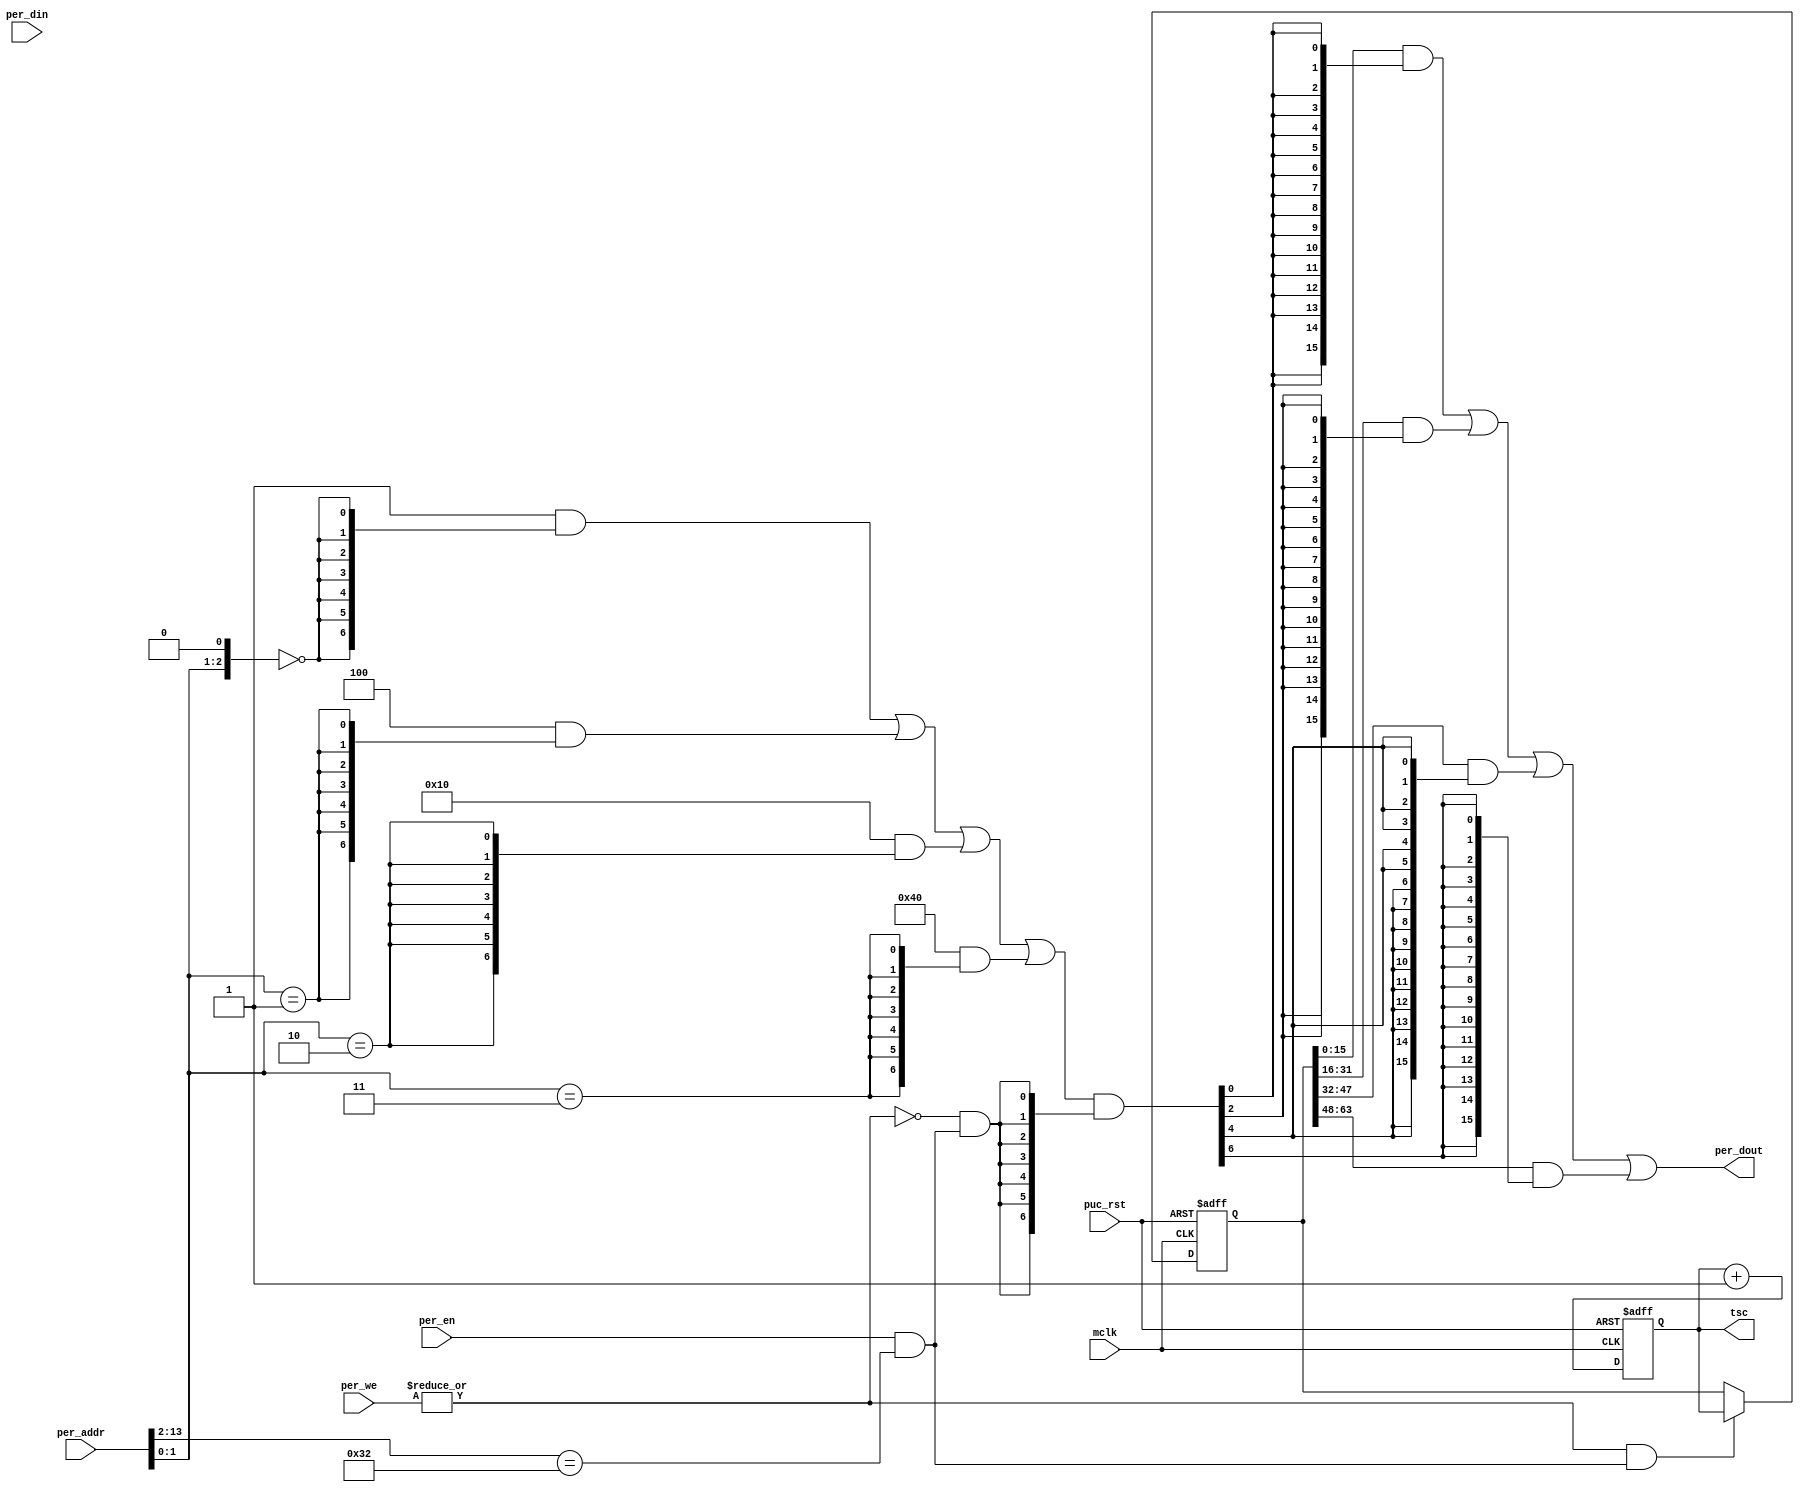
module  omsp_tsc (

// OUTPUTs
    per_dout,                       // Peripheral data output
    tsc,                            // tsc copy to make it available externally

// INPUTs
    mclk,                           // Main system clock
    per_addr,                       // Peripheral address
    per_din,                        // Peripheral data input
    per_en,                         // Peripheral enable (high active)
    per_we,                         // Peripheral write enable (high active)
    puc_rst                         // Main system reset
);

// OUTPUTs
//=========
output       [15:0] per_dout;       // Peripheral data output
output       [63:0] tsc;            // tsc copy to make it available externally

// INPUTs
//=========
input               mclk;           // Main system clock
input        [13:0] per_addr;       // Peripheral address
input        [15:0] per_din;        // Peripheral data input
input               per_en;         // Peripheral enable (high active)
input         [1:0] per_we;         // Peripheral write enable (high active)
input               puc_rst;        // Main system reset


//=============================================================================
// 1)  PARAMETER DECLARATION
//=============================================================================

// Register base address (must be aligned to decoder bit width)
parameter       [14:0] BASE_ADDR   = 15'h0190;

// Decoder bit width (defines how many bits are considered for address decoding)
parameter              DEC_WD      =  3;

// Register addresses offset
parameter [DEC_WD-1:0] TSC1      = 'h0,
                       TSC2      = 'h2,
                       TSC3      = 'h4,
                       TSC4      = 'h6;

// Register one-hot decoder utilities
parameter              DEC_SZ      =  (1 << DEC_WD);
parameter [DEC_SZ-1:0] BASE_REG    =  {{DEC_SZ-1{1'b0}}, 1'b1};

// Register one-hot decoder
parameter [DEC_SZ-1:0] TSC1_D    = (BASE_REG << TSC1),
                       TSC2_D    = (BASE_REG << TSC2),
                       TSC3_D    = (BASE_REG << TSC3),
                       TSC4_D    = (BASE_REG << TSC4);


//============================================================================
// 2)  REGISTER DECODER
//============================================================================

// Local register selection
wire              reg_sel   =  per_en & (per_addr[13:DEC_WD-1]==BASE_ADDR[14:DEC_WD]);

// Register local address
wire [DEC_WD-1:0] reg_addr  =  {per_addr[DEC_WD-2:0], 1'b0};

// Register address decode
wire [DEC_SZ-1:0] reg_dec   =  (TSC1_D  &  {DEC_SZ{(reg_addr == TSC1 )}})  |
                               (TSC2_D  &  {DEC_SZ{(reg_addr == TSC2 )}})  |
                               (TSC3_D  &  {DEC_SZ{(reg_addr == TSC3 )}})  |
                               (TSC4_D  &  {DEC_SZ{(reg_addr == TSC4 )}});

// Read/Write probes
wire              reg_write =  |per_we & reg_sel;
wire              reg_read  = ~|per_we & reg_sel;

// Read/Write vectors
wire [DEC_SZ-1:0] reg_rd    = reg_dec & {DEC_SZ{reg_read}};


//============================================================================
// 3) REGISTERS
//============================================================================

// Time Stamp Counter Register
//-----------------
reg [63:0] tsc;

always @(posedge mclk or posedge puc_rst)
    if (puc_rst)
        tsc <= 64'h0;
    else
        tsc <= tsc + 1;

// Snapshot of TSC used for reading a stable value
//-----------------
reg [63:0] tsc_snapshot;

always @(posedge mclk or posedge puc_rst)
    if (puc_rst)
        tsc_snapshot <= 64'h0;
    else if (reg_write)
        tsc_snapshot <= tsc;

//============================================================================
// 4) DATA OUTPUT GENERATION
//============================================================================

// Data output mux
wire [15:0] tsc1_rd = tsc_snapshot[15:0]  & {16{reg_rd[TSC1]}};
wire [15:0] tsc2_rd = tsc_snapshot[31:16] & {16{reg_rd[TSC2]}};
wire [15:0] tsc3_rd = tsc_snapshot[47:32] & {16{reg_rd[TSC3]}};
wire [15:0] tsc4_rd = tsc_snapshot[63:48] & {16{reg_rd[TSC4]}};

wire [15:0] per_dout   =  tsc1_rd  |
                          tsc2_rd  |
                          tsc3_rd  |
                          tsc4_rd;


endmodule